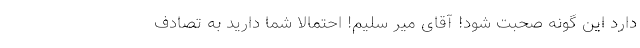
دارد این گونه صحبت شود! آقای میر سلیم! احتمالاً شما دارید به تصادف